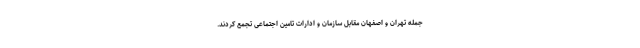
جمله تهران و اصفهان مقابل سازمان و ادارات تامین اجتماعی تجمع کردند.